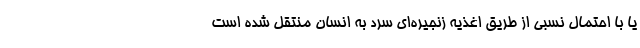
یا با احتمال نسبی از طریق اغذیه زنجیره‌ای سرد به انسان منتقل شده است